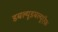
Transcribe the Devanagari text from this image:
डबल्यूडबल्यूऍफ़